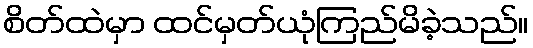
စိတ်ထဲမှာ ထင်မှတ်ယုံကြည်မိခဲ့သည်။